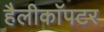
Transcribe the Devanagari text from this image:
हैलीकाॅपटर